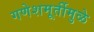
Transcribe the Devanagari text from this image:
गणेशमूर्तीमुळे